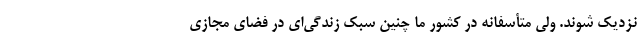
نزدیک شوند. ولی متأسفانه در کشور ما چنین سبک زندگی‌ای در فضای مجازی